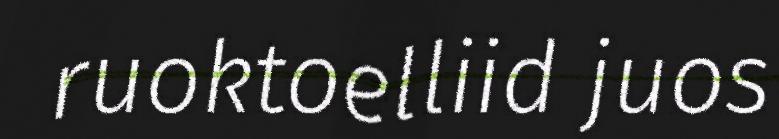
ruoktoelliid juos